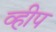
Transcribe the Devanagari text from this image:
व्हीप